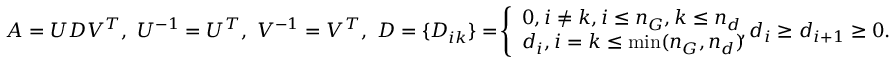
\begin{array} { r } { A = U D V ^ { T } , \ U ^ { - 1 } = U ^ { T } , \ V ^ { - 1 } = V ^ { T } , \ D = \{ D _ { i k } \} = \! \left\{ \begin{array} { l l } { 0 , i \ne k , i \le n _ { G } , k \le n _ { d } } \\ { d _ { i } , i = k \le \operatorname* { m i n } ( n _ { G } , n _ { d } ) } \end{array} \right. \! \! \! \! \! \! , d _ { i } \ge d _ { i + 1 } \ge 0 . } \end{array}